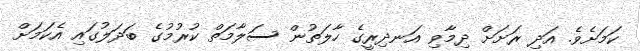
ކަމަށެވެ. އަދި ރަށަށް ދިމާވި އަނދިރީގެ ހާލަތުން ސަލާމަތް ކުރުމުގެ ބަދަލުގައި އެކަމަށް